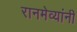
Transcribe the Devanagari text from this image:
रानमेव्यांनी